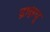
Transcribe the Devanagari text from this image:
द्राक्षधु